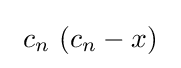
\ c_{n}\ (c_{n}-x)\